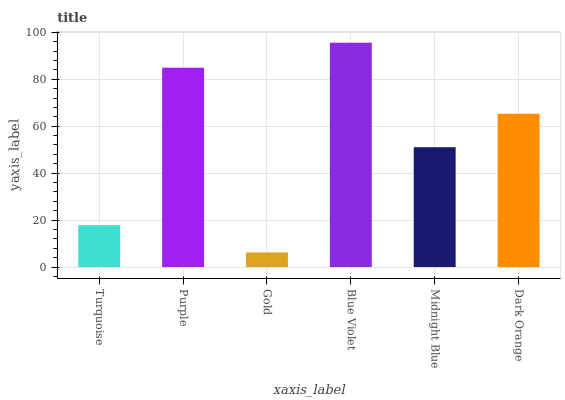
| xaxis_label | bars |
 | --- | --- |
 | Turquoise | 17.9 |
 | Purple | 84.9 |
 | Gold | 6.24 |
 | Blue Violet | 95.6 |
 | Midnight Blue | 51.1 |
 | Dark Orange | 65.3 |